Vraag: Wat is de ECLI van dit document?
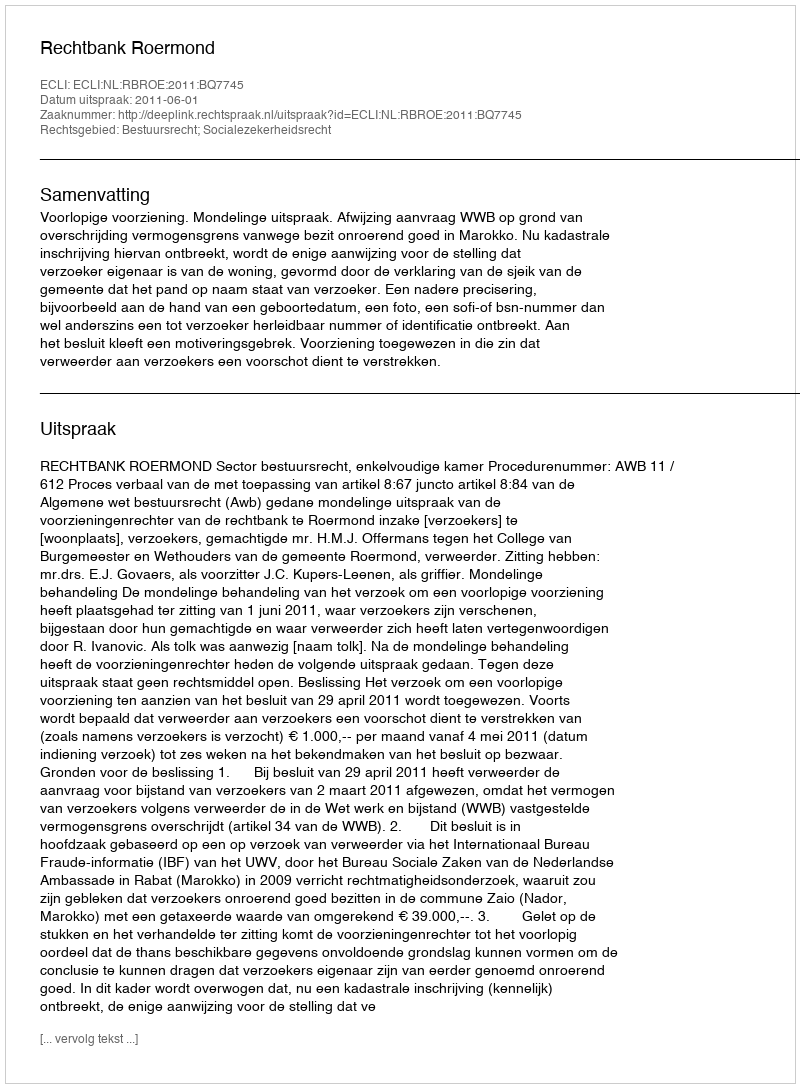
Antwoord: ECLI:NL:RBROE:2011:BQ7745